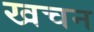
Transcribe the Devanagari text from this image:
खचन